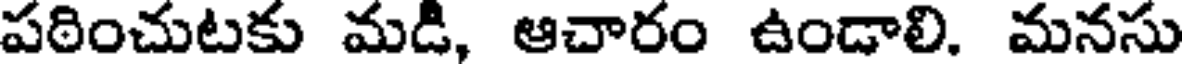
పఠించుటకు మడి, ఆచారం ఉండాలి. మనసు